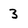
Character: 3